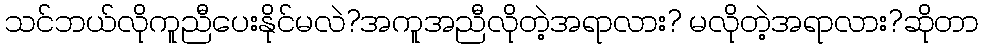
သင်ဘယ်လိုကူညီပေးနိုင်မလဲ?အကူအညီလိုတဲ့အရာလား? မလိုတဲ့အရာလား?ဆိုတာ